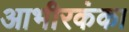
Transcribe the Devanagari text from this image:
आभीरकंका